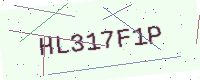
Text: HL317F1P